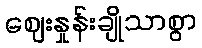
ဈေးနှုန်းချိုသာစွာ